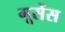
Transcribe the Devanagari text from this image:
गूसेंस